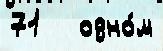
71   одно́м